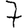
Digit: 7